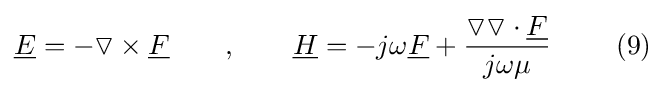
{\underline {E}}=-\triangledown \times {\underline {F}}\ \ \ \ \ \ ,\ \ \ \ \ \ {\underline {H}}=-j\omega {\underline {F}}+{\frac {\triangledown \triangledown \cdot {\underline {F}}}{j\omega \mu }}\ \ \ \ \ \ \ (9)